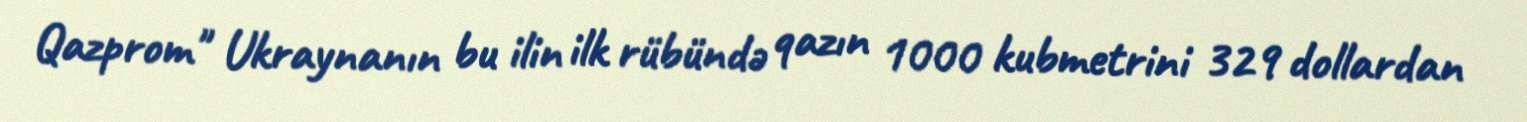
Qazprom" Ukraynanın bu ilin ilk rübündə qazın 1000 kubmetrini 329 dollardan